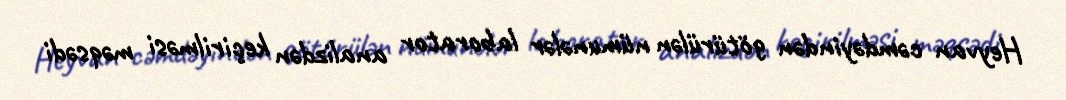
Heyvan cəmdəyindən götürülən nümunələr laborator analizdən keçirilməsi məqsədi